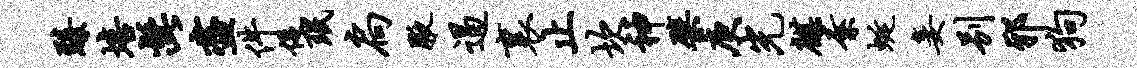
臻培髭尽件促珉扃腋遏里止坎神檗庚光麒素蜒妾别邪狗